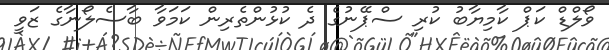
ވޯލްޑް ކަޕް ކާމިޔާބު ކުރި ސްޕޭނުގެ ދެ ކުޅުންތެރިން ކަމަވާ ބާސެލޯނާގެ ޒަވީ